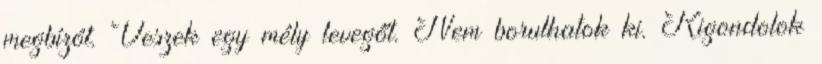
megbízót. Veszek egy mély levegőt. Nem borulhatok ki. Kigondolok